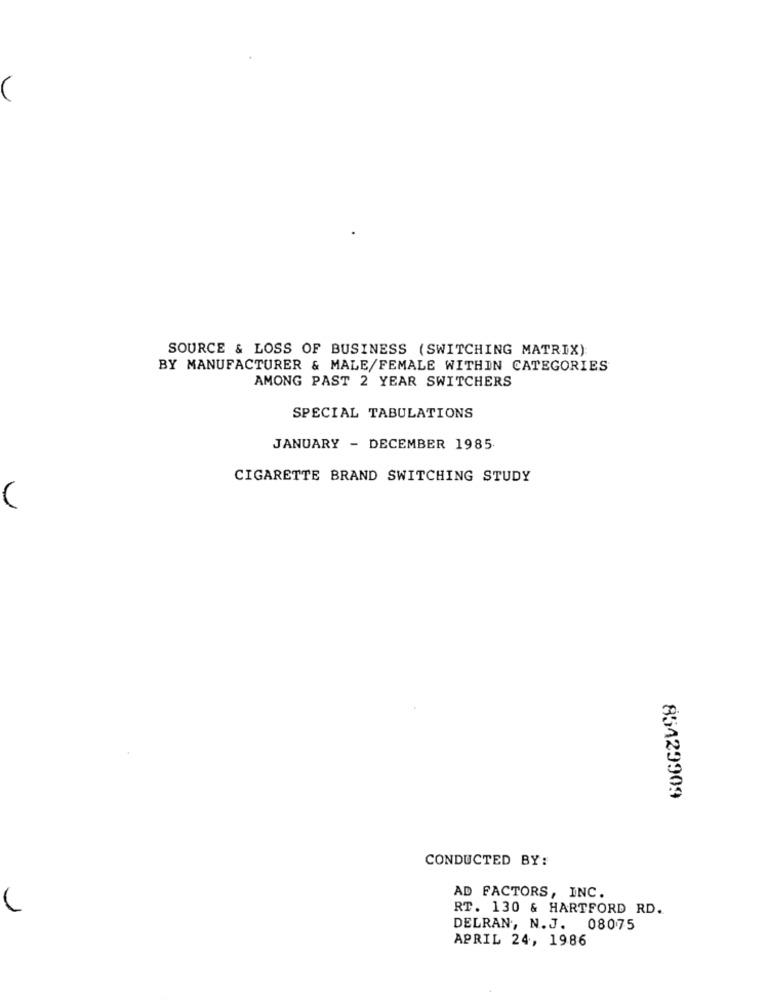
SOURCE & LOSS OF BUSINESS ( SWITCHING MATRIX)
BY MANUFACTURER & MALE/FEMALE WITHIN CATEGORIES
AMONG PAST 2 YEAR SWITCHERS
SPECIAL TABULATIONS
JANUARY - DECEMBER 1985
CIGARETTE BRAND SWITCHING STUDY
85429909
CONDUCTED BY:
AD FACTORS, INC.
RT. 130 & HARTFORD RD.
DELRAN, N.J. 08075
APRIL 24, 1986